Annual report on the working of the mental hospitals in the Madras Presidency - 1912-1932
Year: 1912
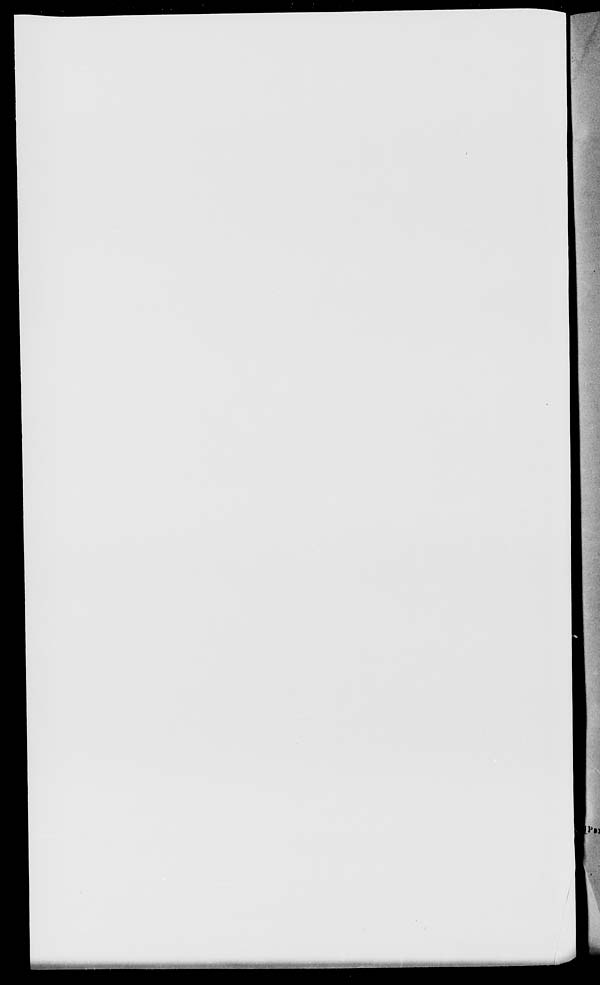
1.^11